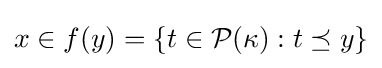
x\in f(y)=\{t\in {\mathcal {P}}(\kappa ):t\preceq y\}